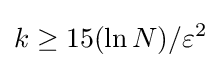
k\geq 15(\ln N)/\varepsilon ^{2}